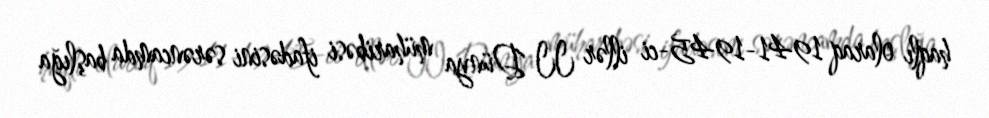
haqlı olaraq 1941-1945-ci illər II Dünya müharibəsi ifadəsini sərəncamda başlığa